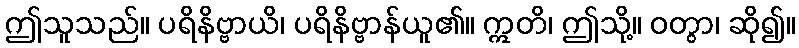
ဤသူသည်။ ပရိနိဗ္ဗာယိ၊ ပရိနိဗ္ဗာန်ယူ၏။ ဣတိ၊ ဤသို့။ ဝတွာ၊ ဆို၍။